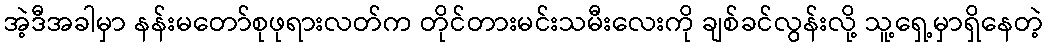
အဲ့ဒီအခါမှာ နန်းမတော်စုဖုရားလတ်က တိုင်တားမင်းသမီးလေးကို ချစ်ခင်လွန်းလို့ သူ့ရှေ့မှာရှိနေတဲ့